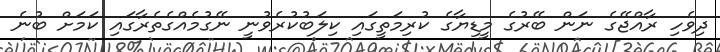
ދިވެހި ރާއްޖޭގެ ނަން ބޭރުގެ މީޑިޔާގެ ކުރިމަތީގައި ކިލަބުކުރެވުނީ ނޭގުމެއްގެތެރާގައި ކަމަށް ބުނެ